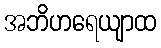
အဘိဟရေယျာထ